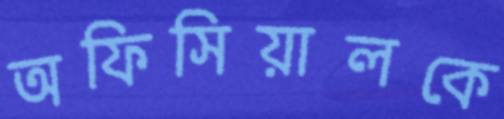
অফিসিয়ালকে